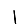
Digit: 1